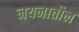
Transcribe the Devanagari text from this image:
नयनातील